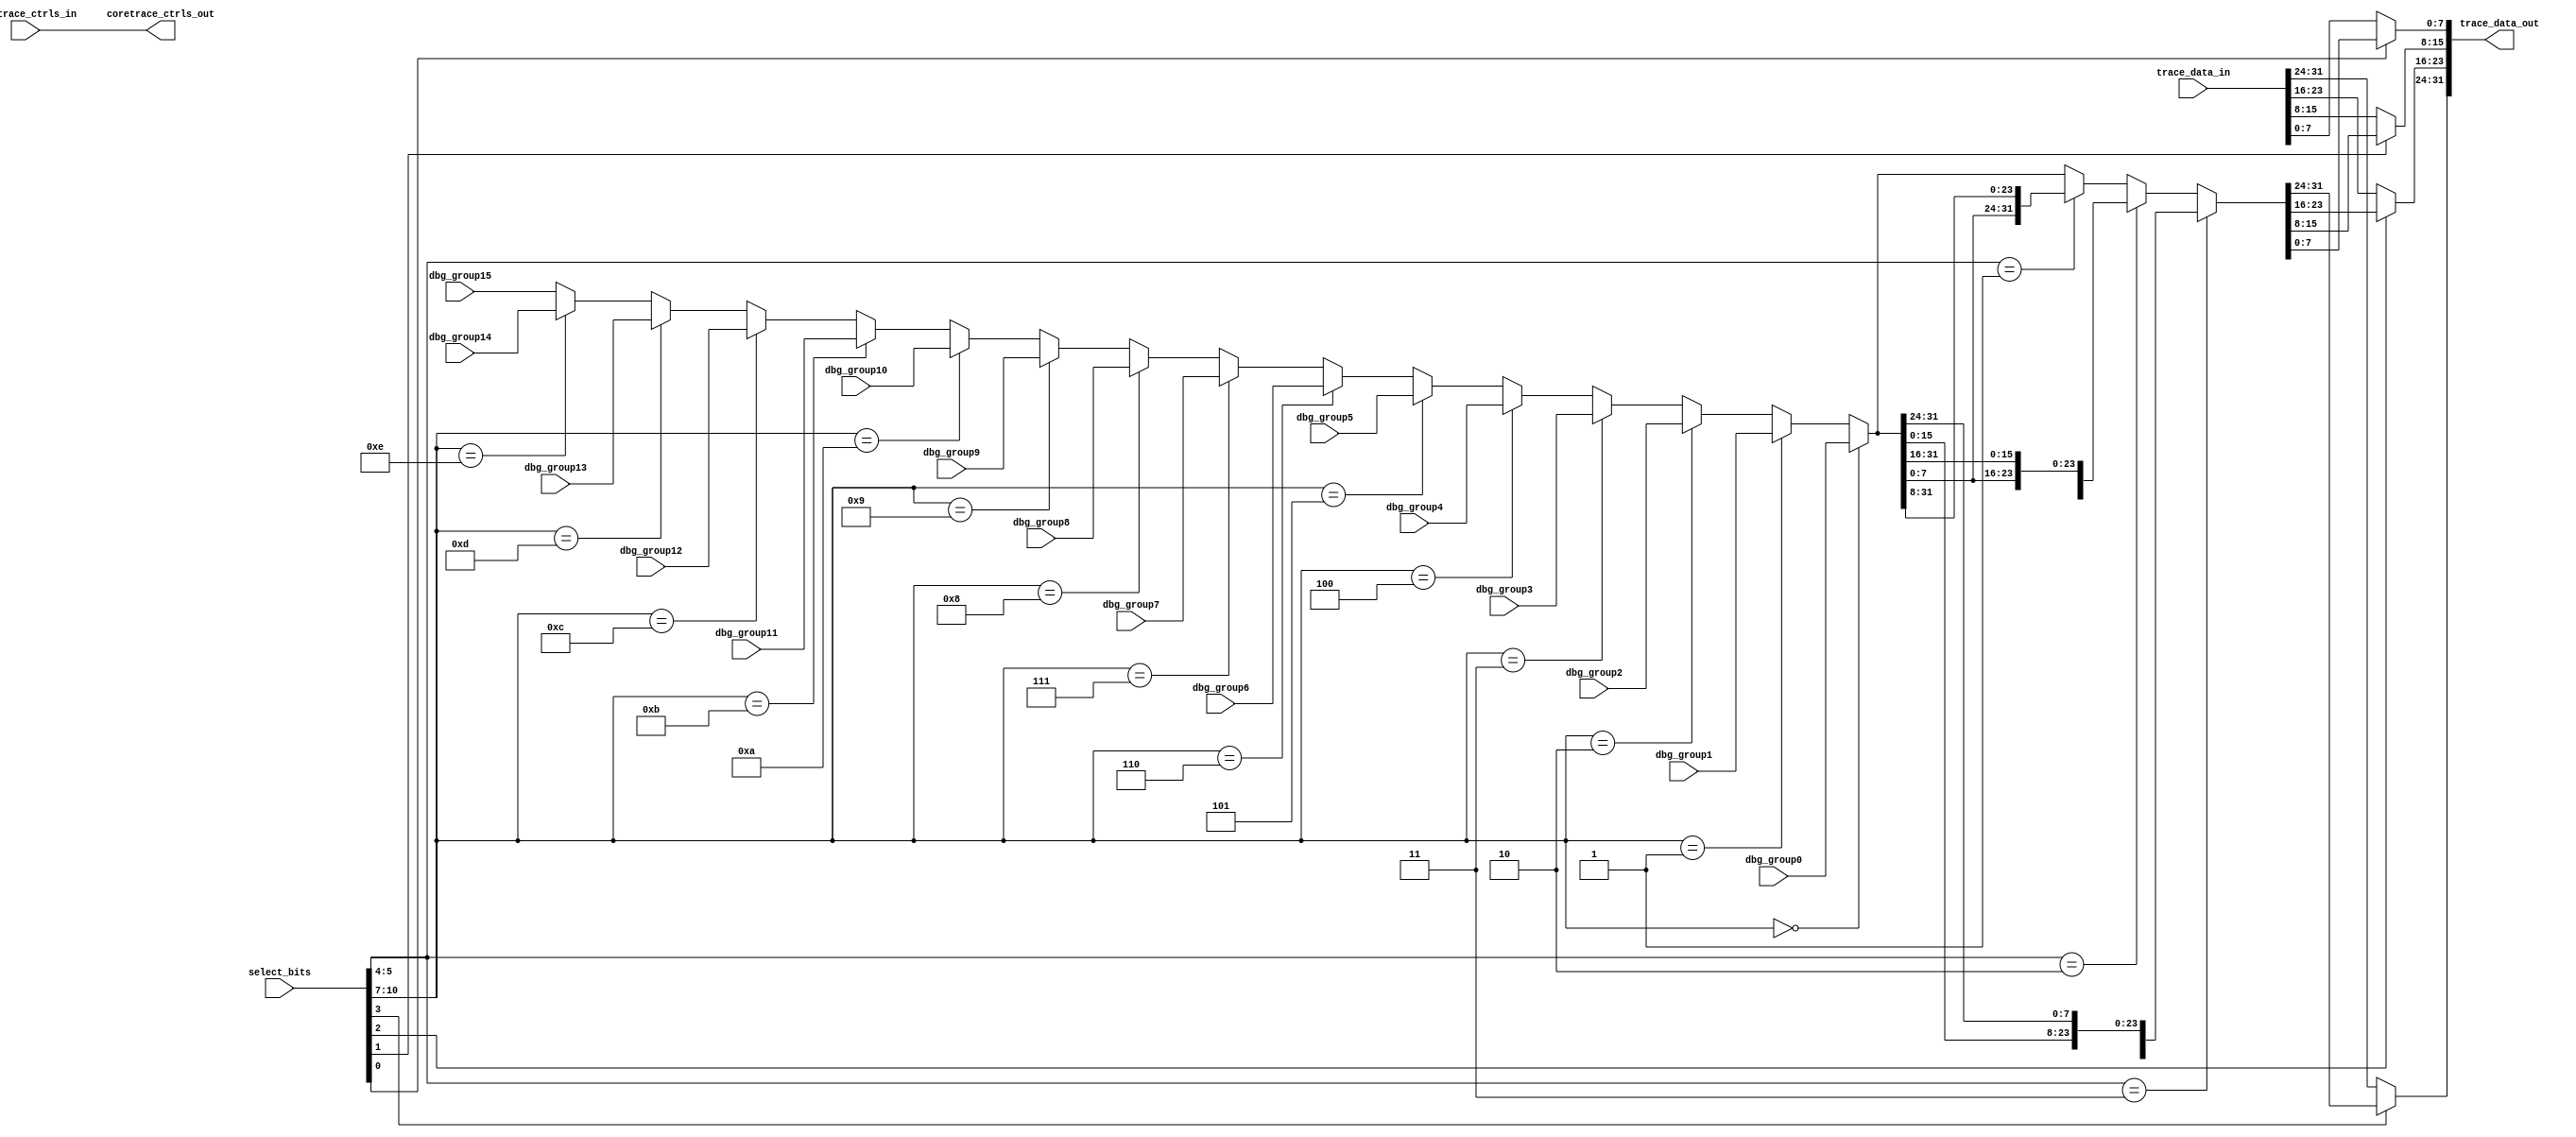
module tri_debug_mux16(
//   vd,
//   gd,
   select_bits,
   dbg_group0,
   dbg_group1,
   dbg_group2,
   dbg_group3,
   dbg_group4,
   dbg_group5,
   dbg_group6,
   dbg_group7,
   dbg_group8,
   dbg_group9,
   dbg_group10,
   dbg_group11,
   dbg_group12,
   dbg_group13,
   dbg_group14,
   dbg_group15,
   trace_data_in,
   trace_data_out,
   // Instruction Trace (HTM) Controls
   coretrace_ctrls_in,
   coretrace_ctrls_out
);

// Include model build parameters
   parameter              DBG_WIDTH = 32;	// A2o=32; A2i=88

//=====================================================================
// Port Definitions
//=====================================================================

   input [0:10]           select_bits;
   input [0:DBG_WIDTH-1]  dbg_group0;
   input [0:DBG_WIDTH-1]  dbg_group1;
   input [0:DBG_WIDTH-1]  dbg_group2;
   input [0:DBG_WIDTH-1]  dbg_group3;
   input [0:DBG_WIDTH-1]  dbg_group4;
   input [0:DBG_WIDTH-1]  dbg_group5;
   input [0:DBG_WIDTH-1]  dbg_group6;
   input [0:DBG_WIDTH-1]  dbg_group7;
   input [0:DBG_WIDTH-1]  dbg_group8;
   input [0:DBG_WIDTH-1]  dbg_group9;
   input [0:DBG_WIDTH-1]  dbg_group10;
   input [0:DBG_WIDTH-1]  dbg_group11;
   input [0:DBG_WIDTH-1]  dbg_group12;
   input [0:DBG_WIDTH-1]  dbg_group13;
   input [0:DBG_WIDTH-1]  dbg_group14;
   input [0:DBG_WIDTH-1]  dbg_group15;
   input [0:DBG_WIDTH-1]  trace_data_in;
   output [0:DBG_WIDTH-1] trace_data_out;

// Instruction Trace (HTM) Control Signals:
//  0    - ac_an_coretrace_first_valid
//  1    - ac_an_coretrace_valid
//  2:3  - ac_an_coretrace_type[0:1]
   input  [0:3]           coretrace_ctrls_in;
   output [0:3]           coretrace_ctrls_out;

//=====================================================================
// Signal Declarations / Misc
//=====================================================================
   parameter              DBG_1FOURTH = DBG_WIDTH/4;
   parameter              DBG_2FOURTH = DBG_WIDTH/2;
   parameter              DBG_3FOURTH = 3 * DBG_WIDTH/4;

   wire [0:DBG_WIDTH-1]   debug_grp_selected;
   wire [0:DBG_WIDTH-1]   debug_grp_rotated;

// Don't reference unused inputs:
(* analysis_not_referenced="true" *)
   wire                   unused;
   assign unused = select_bits[4];

// Instruction Trace controls are passed-through:
   assign coretrace_ctrls_out =  coretrace_ctrls_in ;

//=====================================================================
// Mux Function
//=====================================================================
   // Debug Mux
   assign debug_grp_selected = (select_bits[0:3] == 4'b0000) ? dbg_group0 :
                               (select_bits[0:3] == 4'b0001) ? dbg_group1 :
                               (select_bits[0:3] == 4'b0010) ? dbg_group2 :
                               (select_bits[0:3] == 4'b0011) ? dbg_group3 :
                               (select_bits[0:3] == 4'b0100) ? dbg_group4 :
                               (select_bits[0:3] == 4'b0101) ? dbg_group5 :
                               (select_bits[0:3] == 4'b0110) ? dbg_group6 :
                               (select_bits[0:3] == 4'b0111) ? dbg_group7 :
                               (select_bits[0:3] == 4'b1000) ? dbg_group8 :
                               (select_bits[0:3] == 4'b1001) ? dbg_group9 :
                               (select_bits[0:3] == 4'b1010) ? dbg_group10 :
                               (select_bits[0:3] == 4'b1011) ? dbg_group11 :
                               (select_bits[0:3] == 4'b1100) ? dbg_group12 :
                               (select_bits[0:3] == 4'b1101) ? dbg_group13 :
                               (select_bits[0:3] == 4'b1110) ? dbg_group14 :
                               dbg_group15;

   assign debug_grp_rotated  = (select_bits[5:6] == 2'b11) ? {debug_grp_selected[DBG_1FOURTH:DBG_WIDTH - 1], debug_grp_selected[0:DBG_1FOURTH - 1]} :
                               (select_bits[5:6] == 2'b10) ? {debug_grp_selected[DBG_2FOURTH:DBG_WIDTH - 1], debug_grp_selected[0:DBG_2FOURTH - 1]} :
                               (select_bits[5:6] == 2'b01) ? {debug_grp_selected[DBG_3FOURTH:DBG_WIDTH - 1], debug_grp_selected[0:DBG_3FOURTH - 1]} :
                               debug_grp_selected[0:DBG_WIDTH - 1];


   assign trace_data_out[0:DBG_1FOURTH - 1]           = (select_bits[7] == 1'b0) ? trace_data_in[0:DBG_1FOURTH - 1] :
                                                        debug_grp_rotated[0:DBG_1FOURTH - 1];

   assign trace_data_out[DBG_1FOURTH:DBG_2FOURTH - 1] = (select_bits[8] == 1'b0) ? trace_data_in[DBG_1FOURTH:DBG_2FOURTH - 1] :
                                                        debug_grp_rotated[DBG_1FOURTH:DBG_2FOURTH - 1];

   assign trace_data_out[DBG_2FOURTH:DBG_3FOURTH - 1] = (select_bits[9] == 1'b0) ? trace_data_in[DBG_2FOURTH:DBG_3FOURTH - 1] :
                                                        debug_grp_rotated[DBG_2FOURTH:DBG_3FOURTH - 1];

   assign trace_data_out[DBG_3FOURTH:DBG_WIDTH - 1]   = (select_bits[10] == 1'b0) ? trace_data_in[DBG_3FOURTH:DBG_WIDTH - 1] :
                                                        debug_grp_rotated[DBG_3FOURTH:DBG_WIDTH - 1];


endmodule